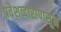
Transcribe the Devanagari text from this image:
प्रवेशव्दारापासून